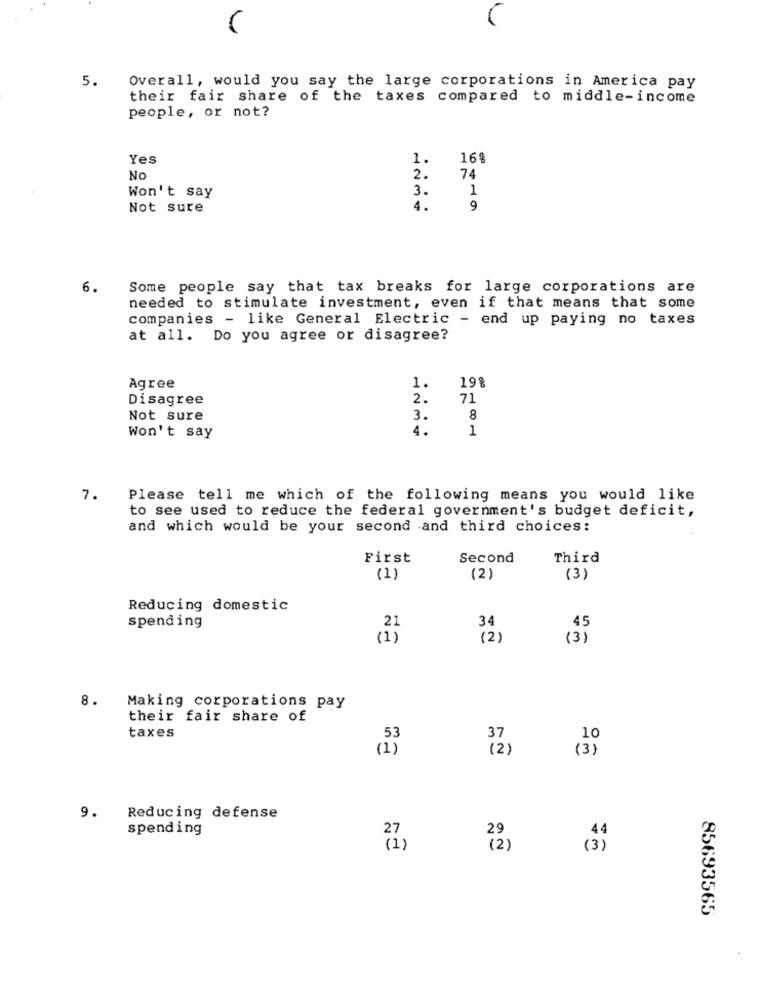
5.
Overall, would you say the large corporations in America pay
their fair share of the taxes compared to middle-income
people, or not?
Yes
1.
16%
No
2.
74
3.
1
Won't say
Not sure
4.
9
6.
Some people say that tax breaks for large corporations are
needed to stimulate investment, even if that means that some
companies - like General Electric - end up paying no taxes
at all. Do you agree or disagree?
Agree
1.
198
Disagree
2.
71
Not sure
3.
8
4.
1
Won't say
7.
Please tell me which of the following means you would like
to see used to reduce the federal government's budget deficit,
and which would be your second and third choices:
First
Second
Third
(1)
(2)
(3)
Reducing domestic
spending
34
45
21
(2 )
(3)
8.
Making corporations pay
their fair share of
taxes
37
10
(2)
(3)
9.
Reducing defense
spending
27
29
44
(1)
(2)
(3)
85693565